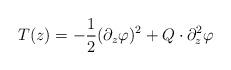
LaTeX: \begin{align*}T(z)=-\frac 12(\partial _z\varphi )^2+Q\cdot \partial _z^2\varphi \end{align*}